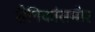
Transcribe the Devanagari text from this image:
सैनिकांसमोर